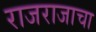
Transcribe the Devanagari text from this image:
राजराजाचा